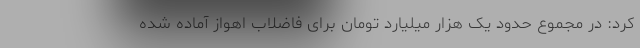
کرد: در مجموع حدود یک هزار میلیارد تومان برای فاضلاب اهواز آماده شده